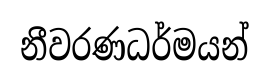
නීවරණධර්මයන්